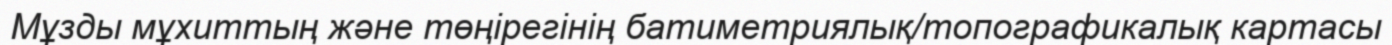
Мұзды мұхиттың және төңірегінің батиметриялық/топографикалық картасы